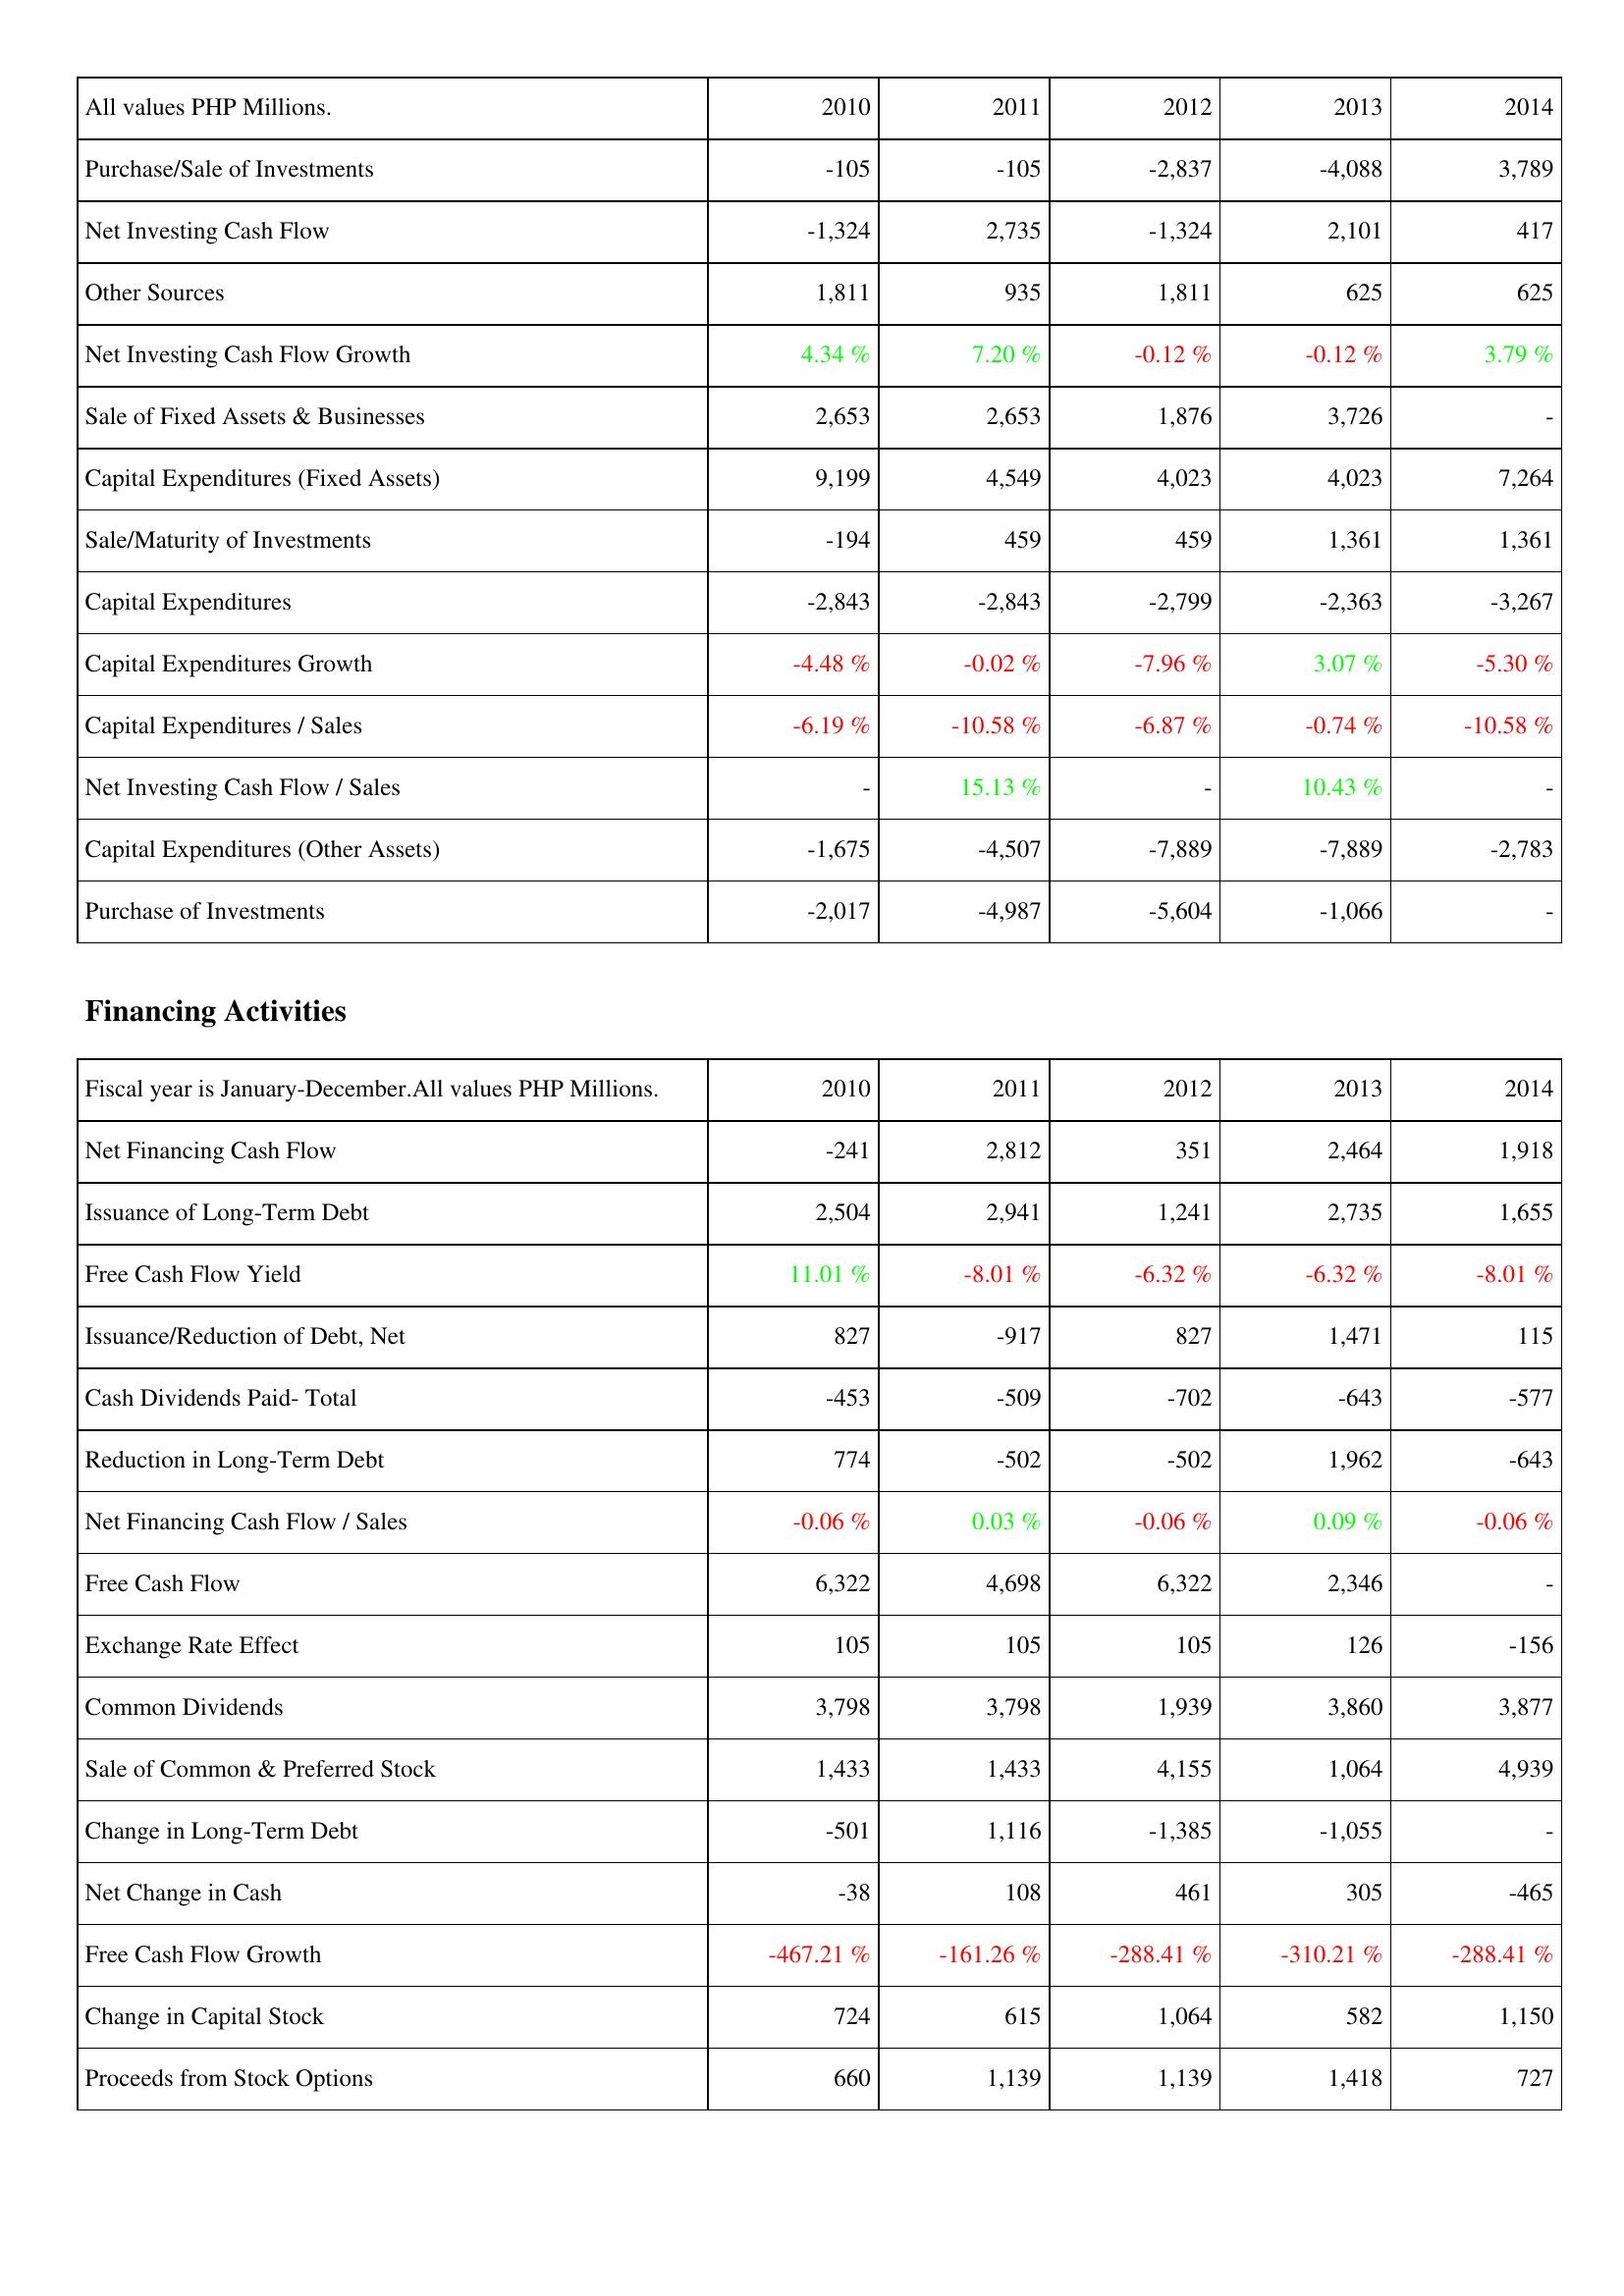
2010: Investing Activities: Purchase/Sale of Investments: -105
Net Investing Cash Flow: -1,324
Other Sources: 1,811
Net Investing Cash Flow Growth: 4.34 %
Sale of Fixed Assets & Businesses: 2,653
Capital Expenditures (Fixed Assets): 9,199
Sale/Maturity of Investments: -194
Capital Expenditures: -2,843
Capital Expenditures Growth: -4.48 %
Capital Expenditures / Sales: -6.19 %
Net Investing Cash Flow / Sales: -
Capital Expenditures (Other Assets): -1,675
Purchase of Investments: -2,017
Financing Activities: Net Financing Cash Flow: -241
Issuance of Long-Term Debt: 2,504
Free Cash Flow Yield: 11.01 %
Issuance/Reduction of Debt, Net: 827
Cash Dividends Paid- Total: -453
Reduction in Long-Term Debt: 774
Net Financing Cash Flow / Sales: -0.06 %
Free Cash Flow: 6,322
Exchange Rate Effect: 105
Common Dividends: 3,798
Sale of Common & Preferred Stock: 1,433
Change in Long-Term Debt: -501
Net Change in Cash: -38
Free Cash Flow Growth: -467.21 %
Change in Capital Stock: 724
Proceeds from Stock Options: 660
2011: Investing Activities: Purchase/Sale of Investments: -105
Net Investing Cash Flow: 2,735
Other Sources: 935
Net Investing Cash Flow Growth: 7.20 %
Sale of Fixed Assets & Businesses: 2,653
Capital Expenditures (Fixed Assets): 4,549
Sale/Maturity of Investments: 459
Capital Expenditures: -2,843
Capital Expenditures Growth: -0.02 %
Capital Expenditures / Sales: -10.58 %
Net Investing Cash Flow / Sales: 15.13 %
Capital Expenditures (Other Assets): -4,507
Purchase of Investments: -4,987
Financing Activities: Net Financing Cash Flow: 2,812
Issuance of Long-Term Debt: 2,941
Free Cash Flow Yield: -8.01 %
Issuance/Reduction of Debt, Net: -917
Cash Dividends Paid- Total: -509
Reduction in Long-Term Debt: -502
Net Financing Cash Flow / Sales: 0.03 %
Free Cash Flow: 4,698
Exchange Rate Effect: 105
Common Dividends: 3,798
Sale of Common & Preferred Stock: 1,433
Change in Long-Term Debt: 1,116
Net Change in Cash: 108
Free Cash Flow Growth: -161.26 %
Change in Capital Stock: 615
Proceeds from Stock Options: 1,139
2012: Investing Activities: Purchase/Sale of Investments: -2,837
Net Investing Cash Flow: -1,324
Other Sources: 1,811
Net Investing Cash Flow Growth: -0.12 %
Sale of Fixed Assets & Businesses: 1,876
Capital Expenditures (Fixed Assets): 4,023
Sale/Maturity of Investments: 459
Capital Expenditures: -2,799
Capital Expenditures Growth: -7.96 %
Capital Expenditures / Sales: -6.87 %
Net Investing Cash Flow / Sales: -
Capital Expenditures (Other Assets): -7,889
Purchase of Investments: -5,604
Financing Activities: Net Financing Cash Flow: 351
Issuance of Long-Term Debt: 1,241
Free Cash Flow Yield: -6.32 %
Issuance/Reduction of Debt, Net: 827
Cash Dividends Paid- Total: -702
Reduction in Long-Term Debt: -502
Net Financing Cash Flow / Sales: -0.06 %
Free Cash Flow: 6,322
Exchange Rate Effect: 105
Common Dividends: 1,939
Sale of Common & Preferred Stock: 4,155
Change in Long-Term Debt: -1,385
Net Change in Cash: 461
Free Cash Flow Growth: -288.41 %
Change in Capital Stock: 1,064
Proceeds from Stock Options: 1,139
2013: Investing Activities: Purchase/Sale of Investments: -4,088
Net Investing Cash Flow: 2,101
Other Sources: 625
Net Investing Cash Flow Growth: -0.12 %
Sale of Fixed Assets & Businesses: 3,726
Capital Expenditures (Fixed Assets): 4,023
Sale/Maturity of Investments: 1,361
Capital Expenditures: -2,363
Capital Expenditures Growth: 3.07 %
Capital Expenditures / Sales: -0.74 %
Net Investing Cash Flow / Sales: 10.43 %
Capital Expenditures (Other Assets): -7,889
Purchase of Investments: -1,066
Financing Activities: Net Financing Cash Flow: 2,464
Issuance of Long-Term Debt: 2,735
Free Cash Flow Yield: -6.32 %
Issuance/Reduction of Debt, Net: 1,471
Cash Dividends Paid- Total: -643
Reduction in Long-Term Debt: 1,962
Net Financing Cash Flow / Sales: 0.09 %
Free Cash Flow: 2,346
Exchange Rate Effect: 126
Common Dividends: 3,860
Sale of Common & Preferred Stock: 1,064
Change in Long-Term Debt: -1,055
Net Change in Cash: 305
Free Cash Flow Growth: -310.21 %
Change in Capital Stock: 582
Proceeds from Stock Options: 1,418
2014: Investing Activities: Purchase/Sale of Investments: 3,789
Net Investing Cash Flow: 417
Other Sources: 625
Net Investing Cash Flow Growth: 3.79 %
Sale of Fixed Assets & Businesses: -
Capital Expenditures (Fixed Assets): 7,264
Sale/Maturity of Investments: 1,361
Capital Expenditures: -3,267
Capital Expenditures Growth: -5.30 %
Capital Expenditures / Sales: -10.58 %
Net Investing Cash Flow / Sales: -
Capital Expenditures (Other Assets): -2,783
Purchase of Investments: -
Financing Activities: Net Financing Cash Flow: 1,918
Issuance of Long-Term Debt: 1,655
Free Cash Flow Yield: -8.01 %
Issuance/Reduction of Debt, Net: 115
Cash Dividends Paid- Total: -577
Reduction in Long-Term Debt: -643
Net Financing Cash Flow / Sales: -0.06 %
Free Cash Flow: -
Exchange Rate Effect: -156
Common Dividends: 3,877
Sale of Common & Preferred Stock: 4,939
Change in Long-Term Debt: -
Net Change in Cash: -465
Free Cash Flow Growth: -288.41 %
Change in Capital Stock: 1,150
Proceeds from Stock Options: 727